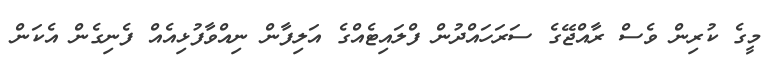
މީގެ ކުރިން ވެސް ރާއްޖޭގެ ސަރަހައްދުން ފްލައިޓެއްގެ އަލިފާން ނިއްވާފުޅިއެއް ފެނިގެން އެކަން